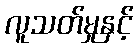
လူသတ်မှုနှင့်